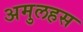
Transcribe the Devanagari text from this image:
अमुलहस